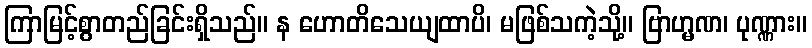
ကြာမြင့်စွာတည်ခြင်းရှိသည်။ န ဟောတိသေယျထာပိ၊ မဖြစ်သကဲ့သို့။ ဗြာဟ္မဏ၊ ပုဏ္ဏား။